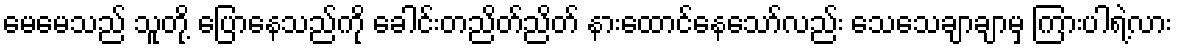
မေမေသည် သူတို့ ပြောနေသည်ကို ခေါင်းတညိတ်ညိတ် နားထောင်နေသော်လည်း သေသေချာချာမှ ကြားပါရဲ့လား